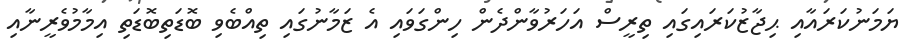
ޔަމަނުކަރައާއި ޙިޖާޒުކަރައިގައި ތިރީސް އަހަރުވާންދެން ހިންގަވައި އެ ޒަމާނުގައި ތިއްބެވި ބޮޑަތިބޮޑަތި އިމާމުވެރީނާއި